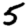
Digit: 5